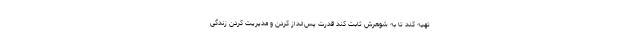
تهیه کند تا به شوهرش ثابت کند قدرت پس‌انداز کردن و مدیریت کردن زندگی